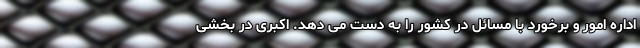
اداره امور و برخورد با مسائل در کشور را به دست می دهد. اکبری در بخشی